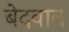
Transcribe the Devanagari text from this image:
बेदवान